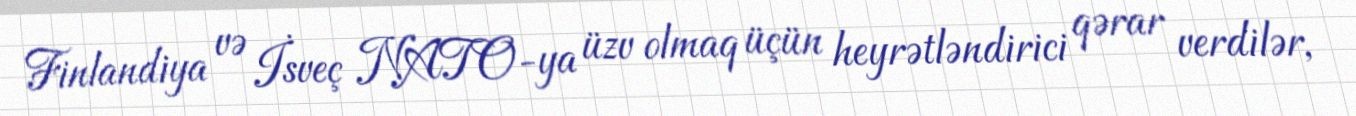
Finlandiya və İsveç NATO-ya üzv olmaq üçün heyrətləndirici qərar verdilər,